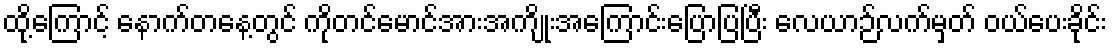
ထို့ကြောင့် နောက်တနေ့တွင် ကိုတင်မောင်အားအကျိုးအကြောင်းပြောပြပြီး လေယာဉ်လက်မှတ် ဝယ်ပေးခိုင်း